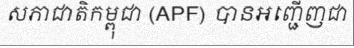
សភាជាតិកម្ពុជា (APF) បានអញ្ជើញជា